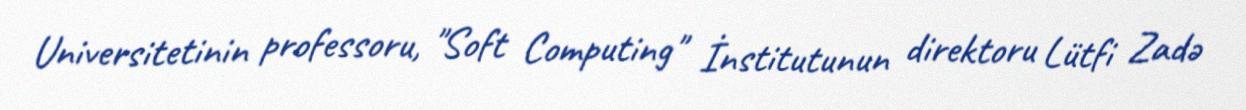
Universitetinin professoru, "Soft Computing" İnstitutunun direktoru Lütfi Zadə